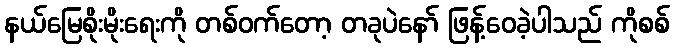
နယ်မြေစိုးမိုးရေးကို တစ်ဝက်တော့ တခုပဲနော် ဖြန့်ဝေခဲ့ပါသည် ကိုစစ်